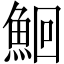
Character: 鮰